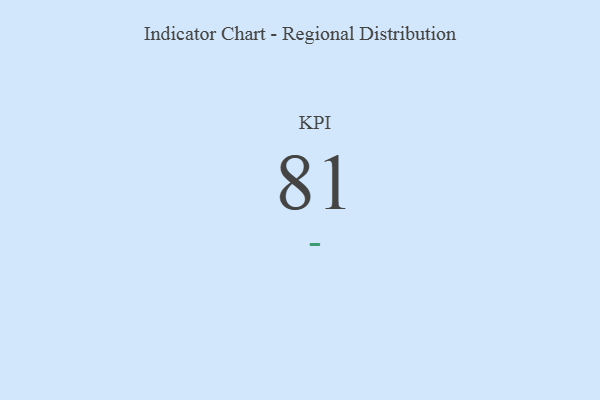
{"axis": {"x": "KPI", "y": "Value"}, "legend": [""], "data": [{"x": "KPI", "y": 81, "type": ""}]}